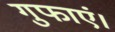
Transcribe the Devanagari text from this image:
गुफाएं।